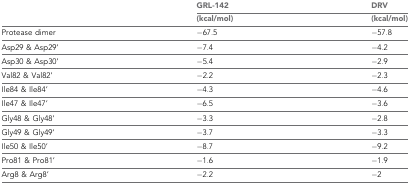
| <ROWSPAN=2>  | GRL-142 | DRV |
 | (kcal/mol) | (kcal/mol) |
 | --- | --- | --- |
 | Protease dimer | −67.5 | −57.8 |
 | Asp29 & Asp29’ | −7.4 | −4.2 |
 | Asp30 & Asp30’ | −5.4 | −2.9 |
 | Val82 & Val82’ | −2.2 | −2.3 |
 | Ile84 & Ile84’ | −4.3 | −4.6 |
 | Ile47 & Ile47’ | −6.5 | −3.6 |
 | Gly48 & Gly48’ | −3.3 | −2.8 |
 | Gly49 & Gly49’ | −3.7 | −3.3 |
 | Ile50 & Ile50’ | −8.7 | −9.2 |
 | Pro81 & Pro81’ | −1.6 | −1.9 |
 | Arg8 & Arg8’ | −2.2 | −2 |